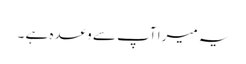
یہ میرا آپ سے وعدہ ہے ۔